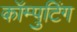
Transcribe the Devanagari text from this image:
कॉम्पुटिंग